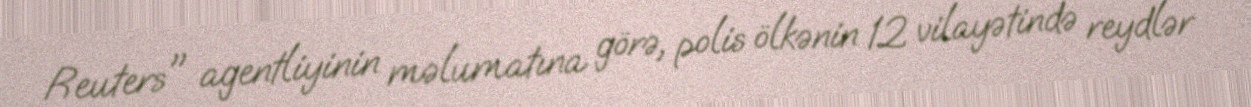
Reuters" agentliyinin məlumatına görə, polis ölkənin 12 vilayətində reydlər